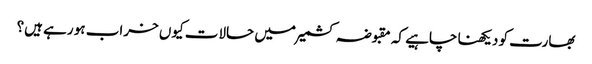
بھارت کو دیکھنا چاہیے کہ مقبوضہ کشمیر میں حالات کیوں خراب ہو رہے ہیں؟